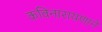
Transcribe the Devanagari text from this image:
कविनारायणाने